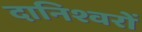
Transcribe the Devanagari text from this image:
दानिश्वरों